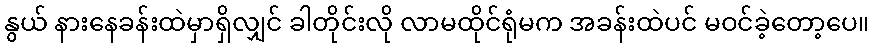
နွယ် နားနေခန်းထဲမှာရှိလျှင် ခါတိုင်းလို လာမထိုင်ရုံမက အခန်းထဲပင် မဝင်ခဲ့တော့ပေ။